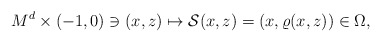
\begin{align*}M^d\times (-1, 0)\ni (x, z)\mapsto \mathcal{S}(x, z)=(x, \varrho(x, z))\in \Omega,\end{align*}